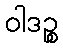
ဝါဒဉ္စ